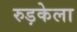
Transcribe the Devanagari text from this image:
रुड़केला